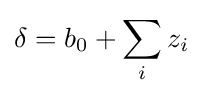
\delta =b_{0}+\sum _{i}z_{i}